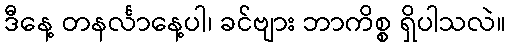
ဒီနေ့ တနင်္လာနေ့ပါ၊ ခင်ဗျား ဘာကိစ္စ ရှိပါသလဲ။